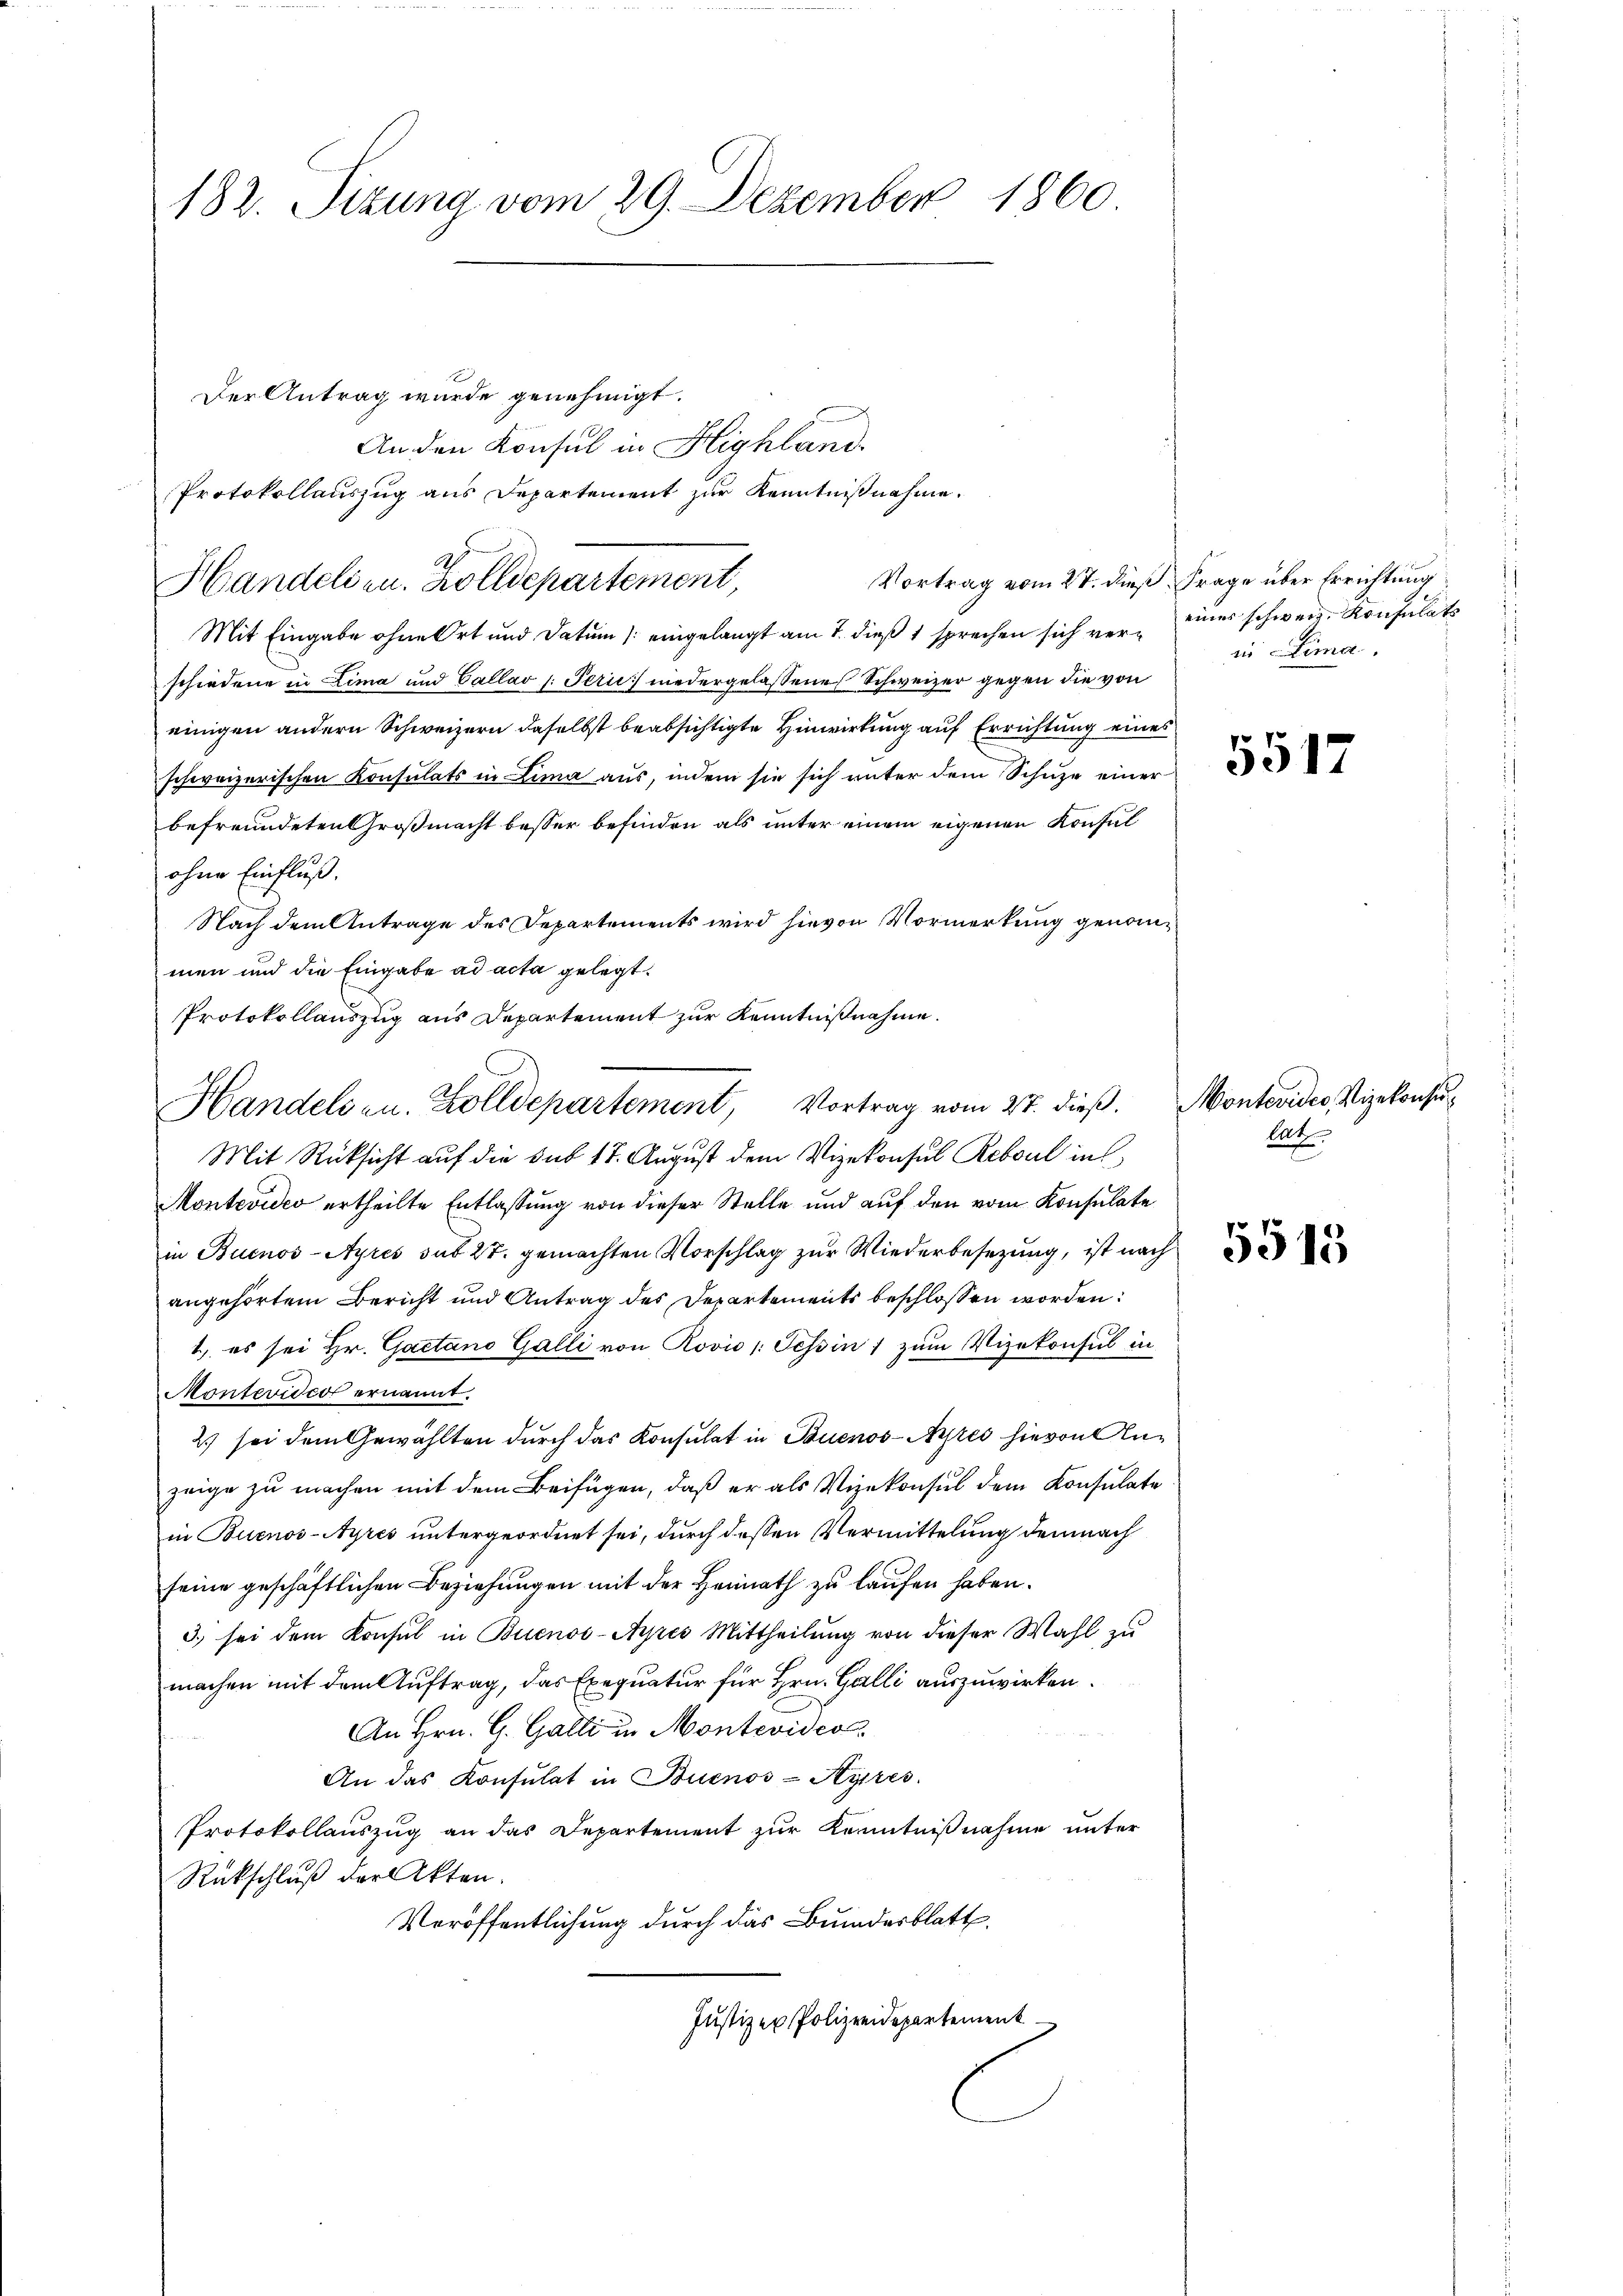
182. Sizung vom 29. Dezember 1860

Protokollauszug aus Departement zur Kenntnißnahme.
A
Handelsen. Zolldepartement

Handels zu. Zolldepartement, Vortrag vom 27. dieβ.

Der Antrag wurde genehmigt.
.
An den Konsul in Highland.
Mit Eingabe ohne Ort und Datum (eingelangt am 7. dieß 1 sprechen sich verschiedene in Lima und Callav /: Perić niedergelassene Schweizer gegen die von
einigen andern Schweizern daselbst beabsichtigte Hinwirkung auf Errichtung eines
schweizerischen Konsulats in Lima aus, indem sie sich unter dem Schuze einer
befreundeten Großmacht besser befinden als unter einem eigenen Konfal
ohne Einfluß.
Nach dem Antrage des Departements wird hievon Vormerkung genommen und die Eingabe ad acta gelegt.
Protokollauszug aus Departement zur Kenntnißnahme.
Mit Rücksicht auf die Sub 17. August dem Vizekonsul Rebsul in
Montevideo ertheilte Entlassung von dieser Stelle und auf den vom Konsulate
in Buenos-Ayres sub 27. gemachten Vorschlag zur Wiederbesezung, ist nach
angehörtem Bericht und Antrag des Departements beschlossen worden:
1) es sei Hr. Gaetano Galli von Rović /: Tessin, zum Vizekonsul in
Montevico ernannt.
2) sei dem Gewählten durch das Konsulat in Buenos-Ayres hievon Anzeige zu machen mit dem Beifügen, daß er als Vizekonsul dem Konsulate
in Buenos-Ayres untergeordnet sei, durch dessen Vermittelung demnach
seine geschäftlichen Beziehungen mit der Heimath zu laufen haben.
3. sei dem Konsul in Buenos-Ayres Mittheilung von dieser Wahl zu
machen mit dem Auftrag, das Exequatur für Hrn. Galli auszuwirken.
An Hrn. G. Galli in Montevideol
An das Konsulat in Buenos-Ayres.
Protokollauszug an das Departement zur Kenntnißnahme unter
Rückschluß der Akten.
Veröffentlichung durch das Bundesblatt.
Justizer Polizeidepartement

Vortrag vom 27. dieß Frage über Errichtung
einer schweiz. Konsulats
in Lima.

5517

Montevider, Vizekonsu
lat
5515